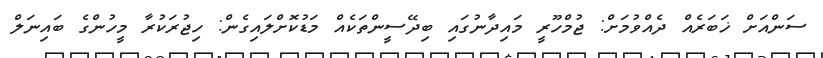
ސަންއަށް ޚަބަރެއް ދެއްވުމަށް: ޖުމްހޫރީ މައިދާނުގައި ބިދޭސީންތަކެއް މަޑުކޮށްލައިގެން: ހިޖުރަކުރާ މީހުންގެ ބައިނަލް